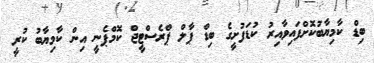
ބިޑް ކާމިޔާބުކޮށްފައިވާއިރު ކުޑަފުށީގެ ބިޑް ޕާލް ޕްރެސްޓީޖް ކޮމްޕެނީ އިން ކާމިޔާބު ކުރީ